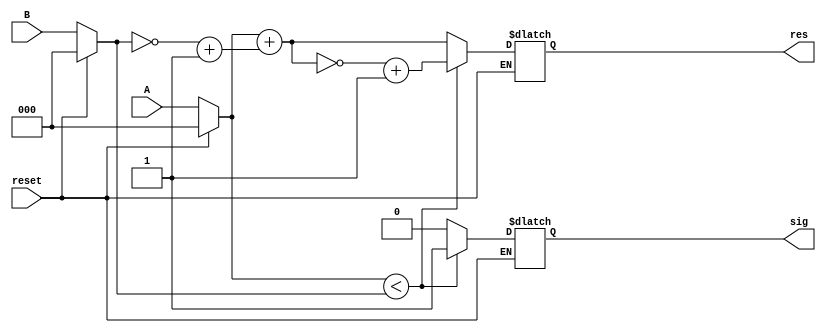
module restador( 

input [2:0] A,  
input [2:0] B,  
input reset,
output reg [2:0] res,
output reg sig
);


reg [2:0] xi; 
reg [2:0] yi;
reg [2:0] ca1;
reg [2:0] ca2;
reg [2:0] neg;


always @(*) begin

if (reset == 1) begin

xi = 0;
yi = 0;
ca1 = 0;
ca2 = 0;

end

else begin

xi <= A;
yi <= B;

ca1 = ~yi;
ca2 = ca1 + 1;

if (xi < yi)begin

neg = xi + ca2;
neg = ~neg + 1;
res = neg;
sig = 1;

end

else begin

res = xi + ca2;
sig = 0;

end
end
end


endmodule